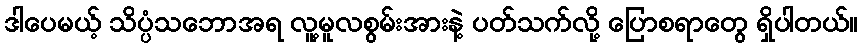
ဒါပေမယ့် သိပ္ပံသဘောအရ လူ့မူလစွမ်းအားနဲ့ ပတ်သက်လို့ ပြောစရာတွေ ရှိပါတယ်။